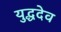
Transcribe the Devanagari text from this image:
युद्धदेव